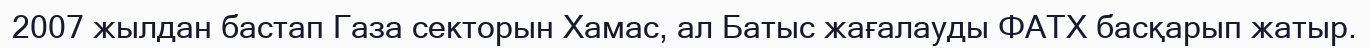
2007 жылдан бастап Газа секторын Хамас, ал Батыс жағалауды ФАТХ басқарып жатыр.